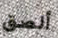
ألصق